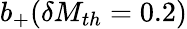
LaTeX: b_{+}(\delta M_{th}=0.2)